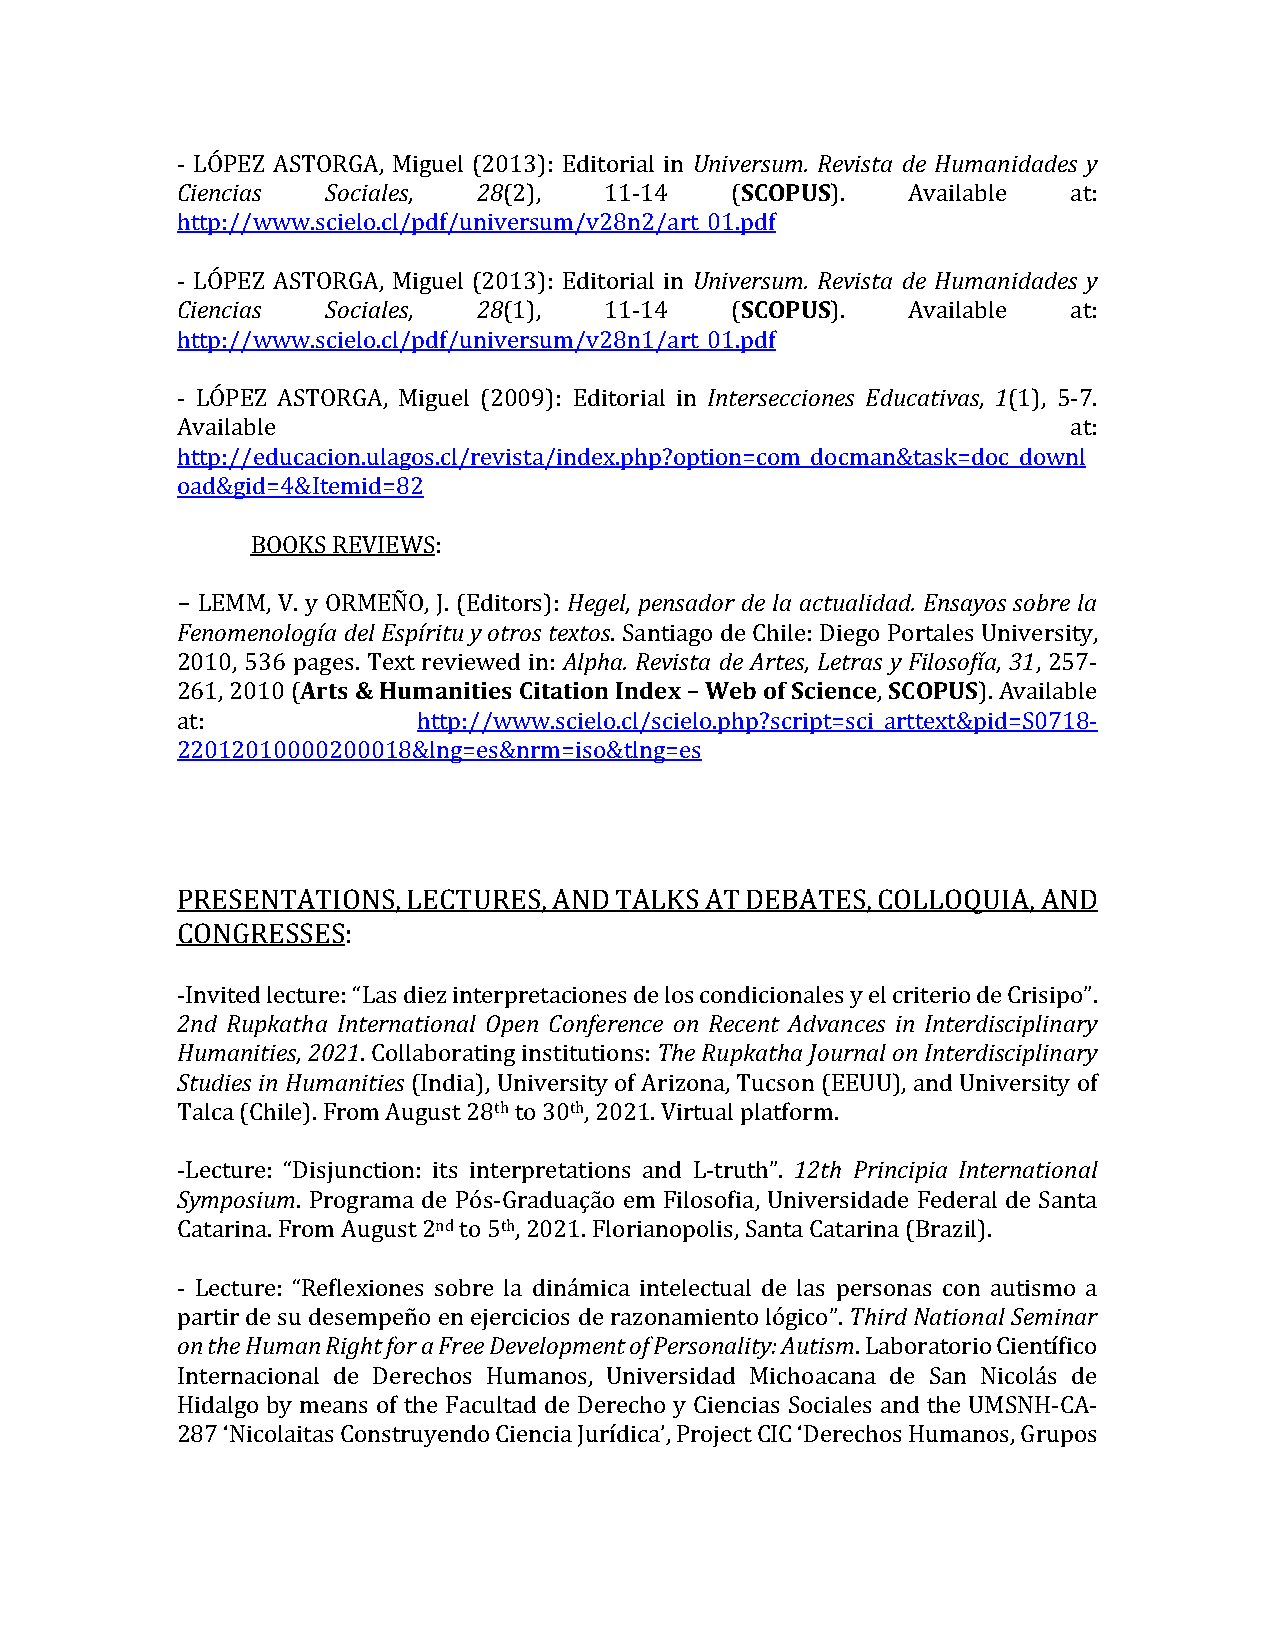
- LÓPEZ ASTORGA, Miguel (2013): Editorial in Universum. Revista de Humanidades y
 Ciencias  Sociales, 28(2),  11-14   (SCOPUS).   Available  at:
 http://www.scielo.cl/pdf/universum/v28n2/art_01.pdf
 - LÓPEZ ASTORGA, Miguel (2013): Editorial in Universum. Revista de Humanidades y
 Ciencias  Sociales, 28(1),  11-14   (SCOPUS).   Available  at:
 http://www.scielo.cl/pdf/universum/v28n1/art_01.pdf
 - LÓPEZ ASTORGA, Miguel (2009): Editorial in Intersecciones Educativas, 1(1), 5-7.
 Available                                                  at:
 http://educacion.ulagos.cl/revista/index.php?option=com_docman&task=doc_downl
 oad&gid=4&Itemid=82
 BOOKS REVIEWS:
 − LEMM, V. y ORMEÑO, J. (Editors): Hegel, pensador de la actualidad. Ensayos sobre la
 Fenomenología del Espíritu y otros textos. Santiago de Chile: Diego Portales University,
 2010, 536 pages. Text reviewed in: Alpha. Revista de Artes, Letras y Filosofía, 31, 257-
 261, 2010 (Arts & Humanities Citation Index – Web of Science, SCOPUS). Available
 at:             http://www.scielo.cl/scielo.php?script=sci_arttext&pid=S0718-
 22012010000200018&lng=es&nrm=iso&tlng=es
 PRESENTATIONS, LECTURES, AND TALKS AT DEBATES, COLLOQUIA, AND
 CONGRESSES:
 -Invited lecture: “Las diez interpretaciones de los condicionales y el criterio de Crisipo”.
 2nd Rupkatha International Open Conference on Recent Advances in Interdisciplinary
 Humanities, 2021. Collaborating institutions: The Rupkatha Journal on Interdisciplinary
 Studies in Humanities (India), University of Arizona, Tucson (EEUU), and University of
 Talca (Chile). From August 28th to 30th, 2021. Virtual platform.
 -Lecture: “Disjunction: its interpretations and L-truth”. 12th Principia International
 Symposium. Programa de Pós-Graduação em Filosofia, Universidade Federal de Santa
 Catarina. From August 2nd to 5th, 2021. Florianopolis, Santa Catarina (Brazil).
 - Lecture: “Reflexiones sobre la dinámica intelectual de las personas con autismo a
 partir de su desempeño en ejercicios de razonamiento lógico”. Third National Seminar
 on the Human Right for a Free Development of Personality: Autism. Laboratorio Científico
 Internacional de Derechos Humanos, Universidad Michoacana de San Nicolás de
 Hidalgo by means of the Facultad de Derecho y Ciencias Sociales and the UMSNH-CA-
 287 ‘Nicolaitas Construyendo Ciencia Jurídica’, Project CIC ‘Derechos Humanos, Grupos